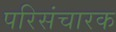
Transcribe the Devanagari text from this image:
परिसंचारक